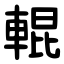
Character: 輥